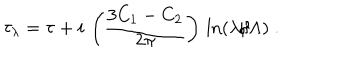
LaTeX: \tau _ { \lambda } = \tau + i \, \left( \frac { 3 C _ { 1 } - C _ { 2 } } { 2 \pi } \right) \, \ln ( \lambda / \Lambda ) \; .